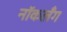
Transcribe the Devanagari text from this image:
नॉकलँग